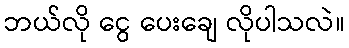
ဘယ်လို ငွေ ပေးချေ လိုပါသလဲ။